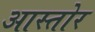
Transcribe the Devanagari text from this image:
आस्तोर